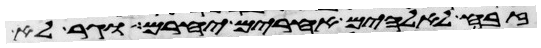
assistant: זבח לאלהים אחרים יחרם וגר לא